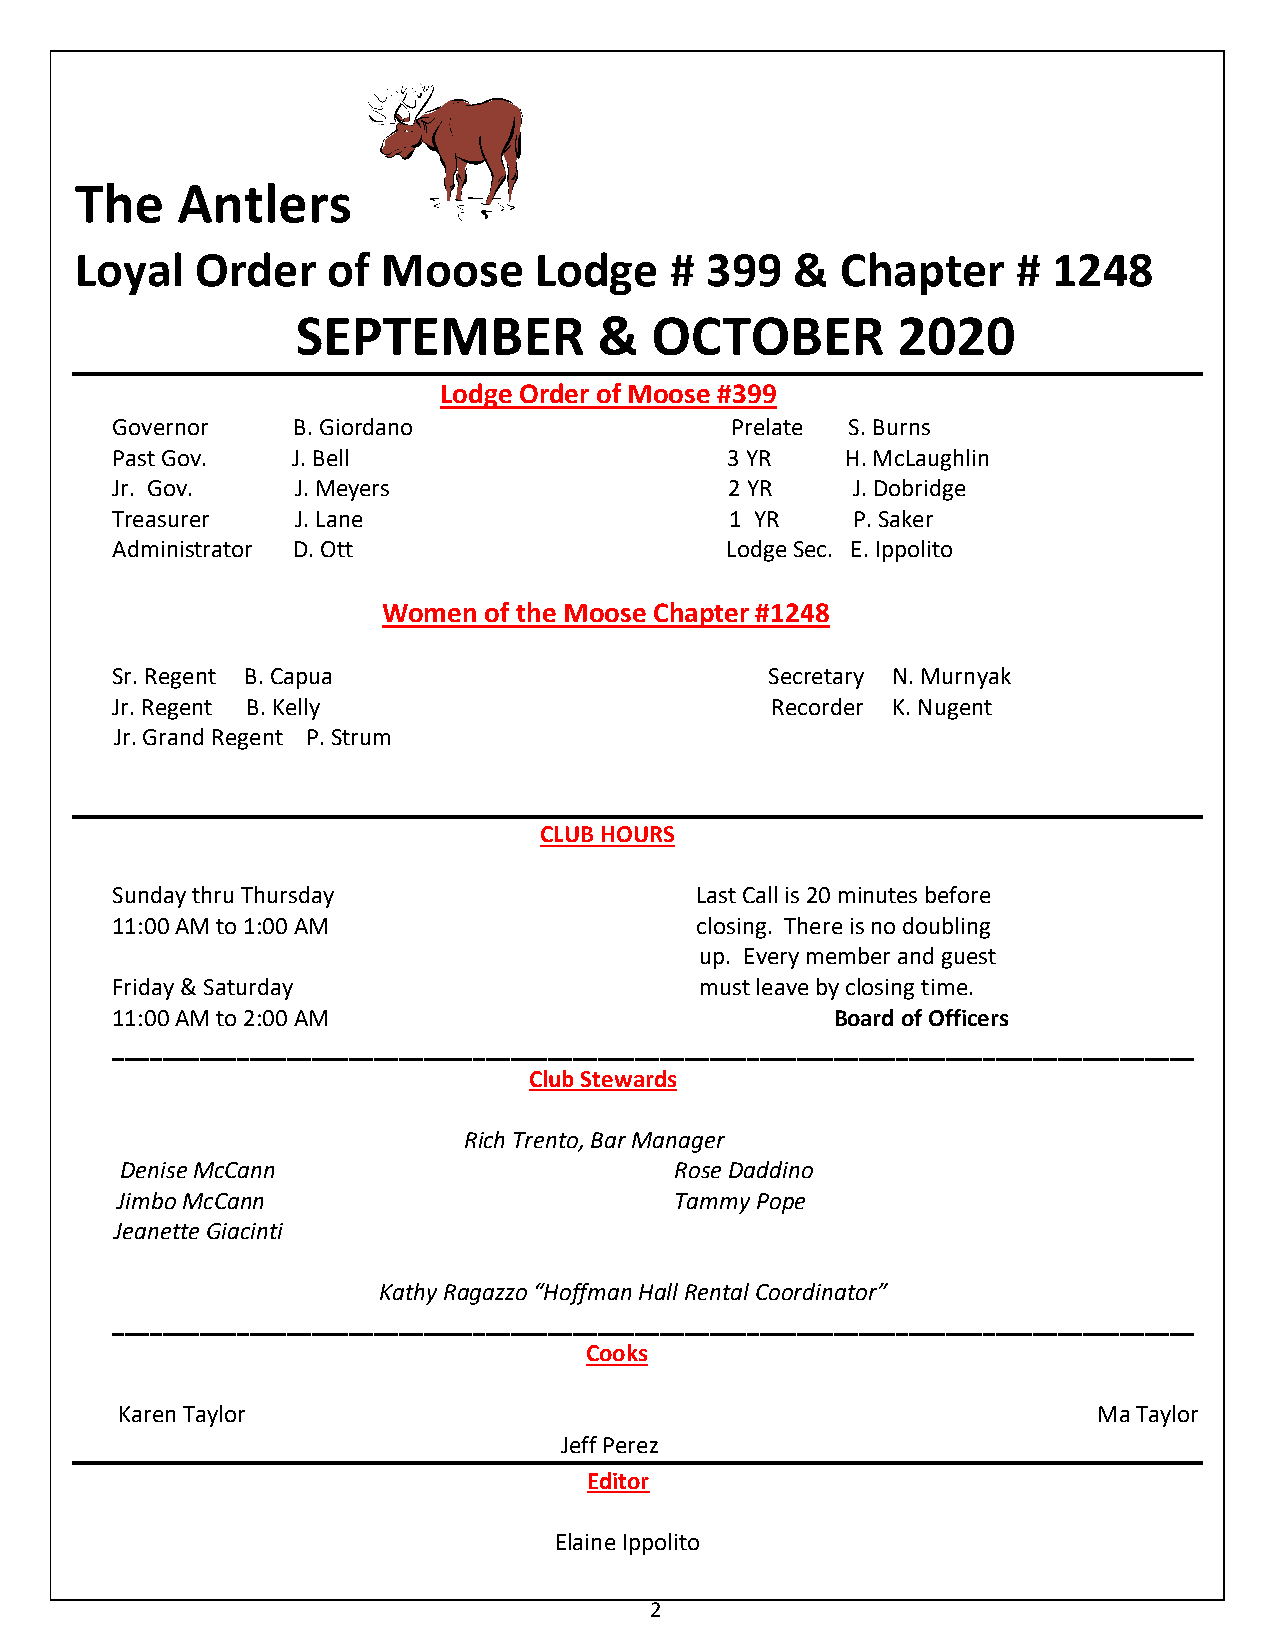
The    Antlers
 Loyal   Order    of Moose     Lodge    #  399   &  Chapter    #  1248
 SEPTEMBER           &  OCTOBER         2020
 Lodge Order of Moose #399
 Governor    B. Giordano                  Prelate S. Burns
 Past Gov.   J. Bell                      3 YR    H. McLaughlin
 Jr. Gov.     J. Meyers                   2 YR    J. Dobridge
 Treasurer    J. Lane                     1 YR    P. Saker
 Administrator D. Ott                     Lodge Sec. E. Ippolito
 Women  of the Moose Chapter #1248
 Sr. Regent B. Capua                         Secretary N. Murnyak
 Jr. Regent B. Kelly                         Recorder K. Nugent
 Jr. Grand Regent P. Strum
 CLUB HOURS
 Sunday thru Thursday                   Last Call is 20 minutes before
 11:00 AM to 1:00 AM                    closing. There is no doubling
 up. Every member and guest
 Friday & Saturday                      must leave by closing time.
 11:00 AM to 2:00 AM                             Board of Officers
 _______________________________________________________________________________________
 Club Stewards
 Rich Trento, Bar Manager
 Denise McCann                        Rose Daddino
 Jimbo McCann                         Tammy Pope
 Jeanette Giacinti
 Kathy Ragazzo “Hoffman Hall Rental Coordinator”
 _______________________________________________________________________________________
 Cooks
 Karen Taylor                                                     Ma Taylor
 Jeff Perez
 Editor
 Elaine Ippolito
 2